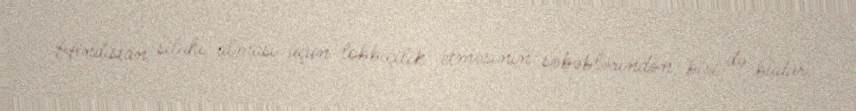
Hindistan silahı alması üçün lobbiçilik etməsinin səbəblərindən biri də budur.